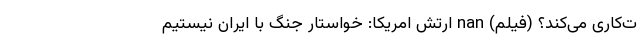
ت‌کاری می‌کند؟ (فیلم) nan ارتش امریکا: خواستار جنگ با ایران نیستیم